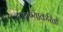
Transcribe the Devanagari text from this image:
टाळण्याकरिता